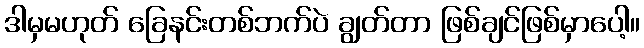
ဒါမှမဟုတ် ခြေနင်းတစ်ဘက်ပဲ ချွတ်တာ ဖြစ်ချင်ဖြစ်မှာပေါ့။